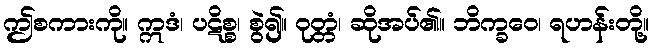
ဤစကားကို။ ဣဒံ၊ ပဋိစ္စ၊ စွဲ၍။ ဝုတ္တံ၊ ဆိုအပ်၏။ ဘိက္ခဝေ၊ ရဟန်းတို့။